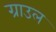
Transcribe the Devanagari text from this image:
ग्राउल